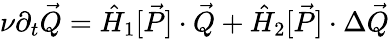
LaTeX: \begin{array}{r}{\nu\partial_{t}\vec{Q}=\hat{H}_{1}[\vec{P}]\cdot\vec{Q}+\hat{H}_{2}[\vec{P}]\cdot\Delta\vec{Q}}\end{array}